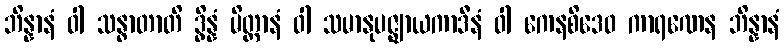
ဘိန္နာနံ ဝါ သန္ဓာတာတိ ဒွိန္နံ မိတ္တာနံ ဝါ သမာနုပဇ္ဈာယကာဒီနံ ဝါ ကေနစိဒေဝ ကာရဏေန ဘိန္နာနံ